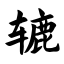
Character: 辘